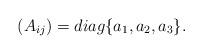
LaTeX: \begin{align*}(A_{ij})=diag\{a_1, a_2, a_3\}.\end{align*}